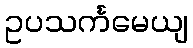
ဥပသင်္ကမေယျ